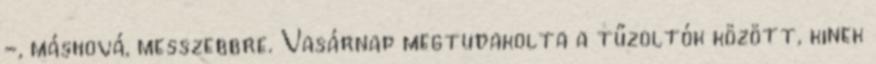
-, máshová, messzebbre. Vasárnap megtudakolta a tűzoltók között, kinek